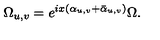
\Omega _ { u , v } = e ^ { i x ( \alpha _ { u , v } + \bar { \alpha } _ { u , v } ) } \Omega .